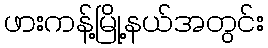
ဖားကန့်မြို့နယ်အတွင်း